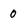
Character: 0